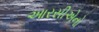
આરસીએનો